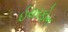
ઈયરફોન